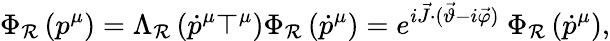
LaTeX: \Phi_{\mathcal{R}}\left(p^{\mu}\right)=\Lambda_{\mathcal{R}}\left(\dot{{p}}^{\mu}\top^{\mu}\right)\Phi_{\mathcal{R}}\left(\dot{{p}}^{\mu}\right)=e^{i\vec{{J}}\cdot(\vec{{\vartheta}}-i\vec{{\varphi}})}~\Phi_{\mathcal{R}}\left(\dot{{p}}^{\mu}\right),